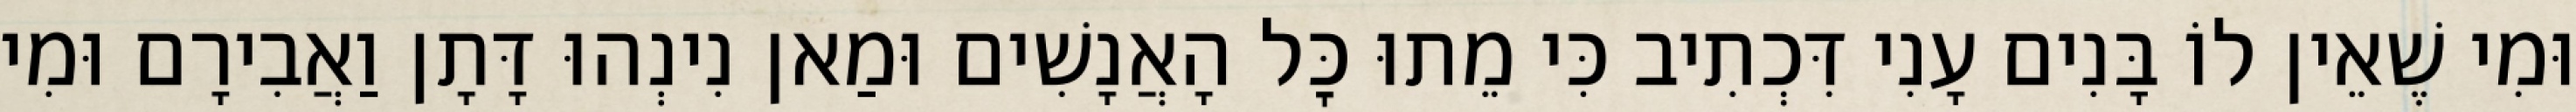
וּמִי שֶׁאֵין לוֹ בָּנִים עָנִי דִּכְתִיב כִּי מֵתוּ כׇּל הָאֲנָשִׁים וּמַאן נִינְהוּ דָּתָן וַאֲבִירָם וּמִי